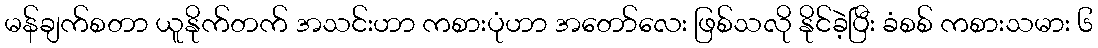
မန်ချက်စတာ ယူနိုက်တက် အသင်းဟာ ကစားပုံဟာ အတော်လေး ဖြစ်သလို နိုင်ခဲ့ပြီး ခံစစ် ကစားသမား ၆